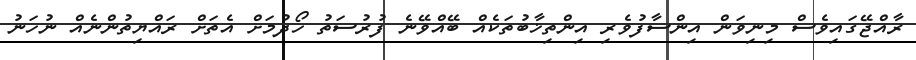
ރާއްޖޭގައިވެސް މިނިވަން އިންސާފުވެރި އިންތިޚާބުތަކެއް ބޭއްވޭނެ ފުރުސަތު ހޯދުމަށް އެތަށް ރައްޔިތުންނެއް ނުހަނު